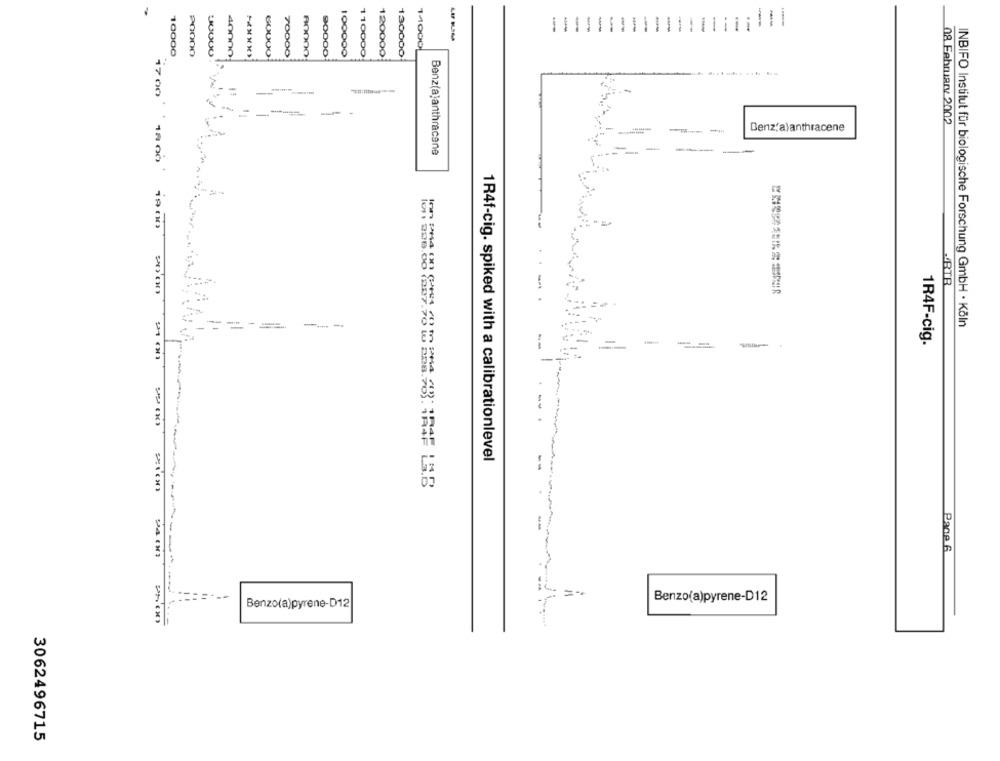
11111111111
LAF BLAMA
14000
10000
P0000
4000o
70000
100000
120000
130000
GOOOO
90000
110000
3
=
-
08 February 2002
-
Denz'alanthracene
-
Vy
Benz(a)anthracene
1700 1800 1000 000
-
----
INBIFO Institut für biologische Forschung GmbH · Köln
1R4F-cig.
1R4f-cig. spiked with a calibrationlevel
Page 6
==
Benzo(a)pyrene-D12
Benzo(a)pyrene-D12
3062496715